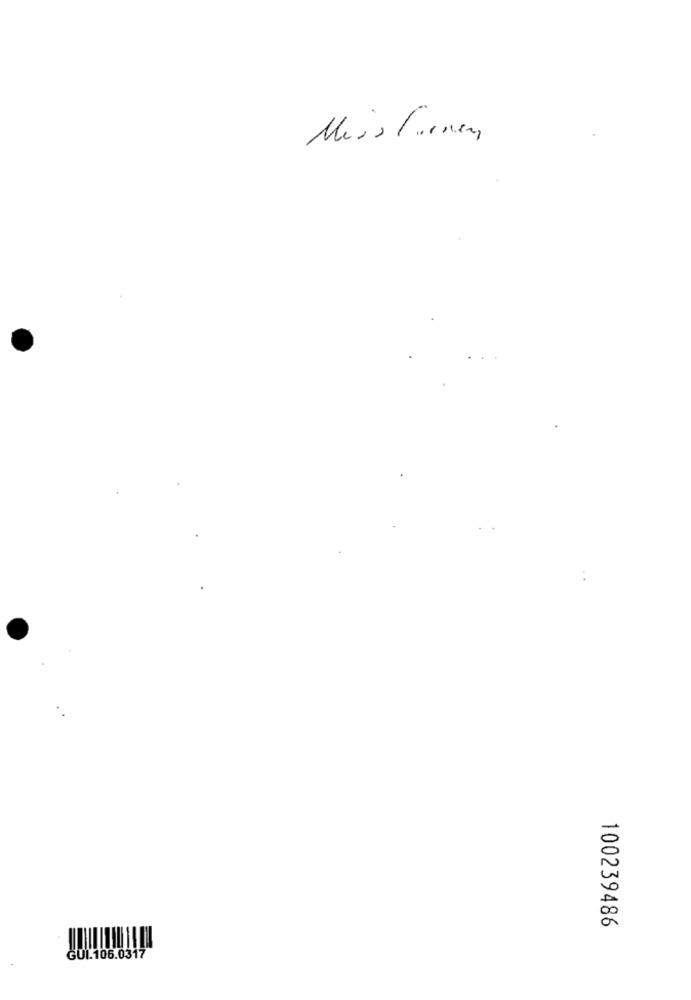
Mais Tienen
100239486
GUI.106.0317